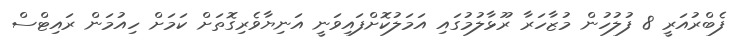
ފެބްރުއަރީ 8 ފުލުހުން މުޒާހަރާ ރޫޅާލުމުގައި އަމަލުކޮށްފައިވަނީ އަނިޔާވެރިގޮތަށް ކަމަށް ހިއުމަން ރައިޓްސް